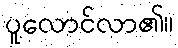
ပူလောင်လာ၏။